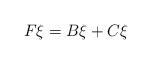
LaTeX: \begin{align*} F\xi=B\xi+C\xi\end{align*}